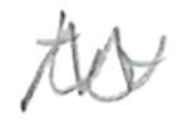
Text: to
Cross-out: zig-zag
Writing tool: pencil